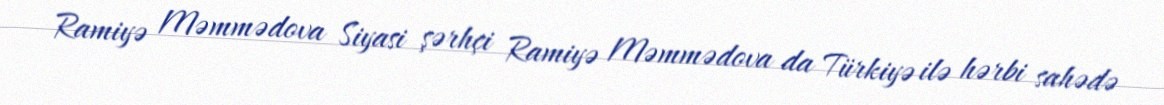
Ramiyə Məmmədova Siyasi şərhçi Ramiyə Məmmədova da Türkiyə ilə hərbi sahədə